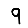
Digit: 9